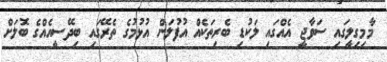
މާމިގިލީގައި ސަވާޖީ އެއްގައި ލަކުޑި ބެރިތަކެއް އުފުލަން އުޅުމުގެ ތެރޭގައި ބިދޭސީއެއްގެ ބޮލަށް